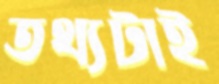
তথ্যটাই